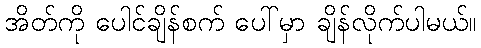
အိတ်ကို ပေါင်ချိန်စက် ပေါ်မှာ ချိန်လိုက်ပါမယ်။